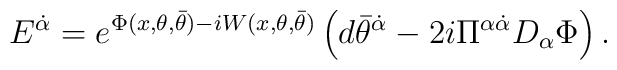
{E}^{\dot{\alpha}}=    e^{\Phi (x,\theta, \bar{\theta})   -i W (x,\theta, \bar{\theta})}    \left(    d\bar{\theta}^{\dot{\alpha}}- {2i}    \Pi^{\alpha\dot{\alpha}}D_\alpha \Phi \right).